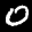
Label: 0